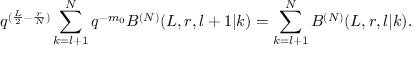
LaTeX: q ^ { ( \frac { L } { 2 } - \frac { r } { N } ) } \sum _ { k = l + 1 } ^ { N } q ^ { - m _ { 0 } } B ^ { ( N ) } ( L , r , l + 1 | k ) = \sum _ { k = l + 1 } ^ { N } B ^ { ( N ) } ( L , r , l | k ) .